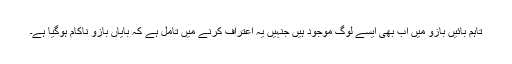
تاہم بائیں بازو میں اب بھی ایسے لوگ موجود ہیں جنہیں یہ اعتراف کرنے میں تامل ہے کہ بایاں بازو ناکام ہوگیا ہے۔